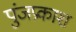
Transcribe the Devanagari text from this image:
पुंजप्रकाश